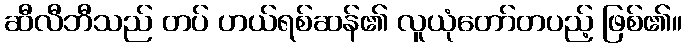
ဆီလီဘီသည် တပ် ဟယ်ရစ်ဆန်၏ လူယုံတော်တပည့် ဖြစ်၏။